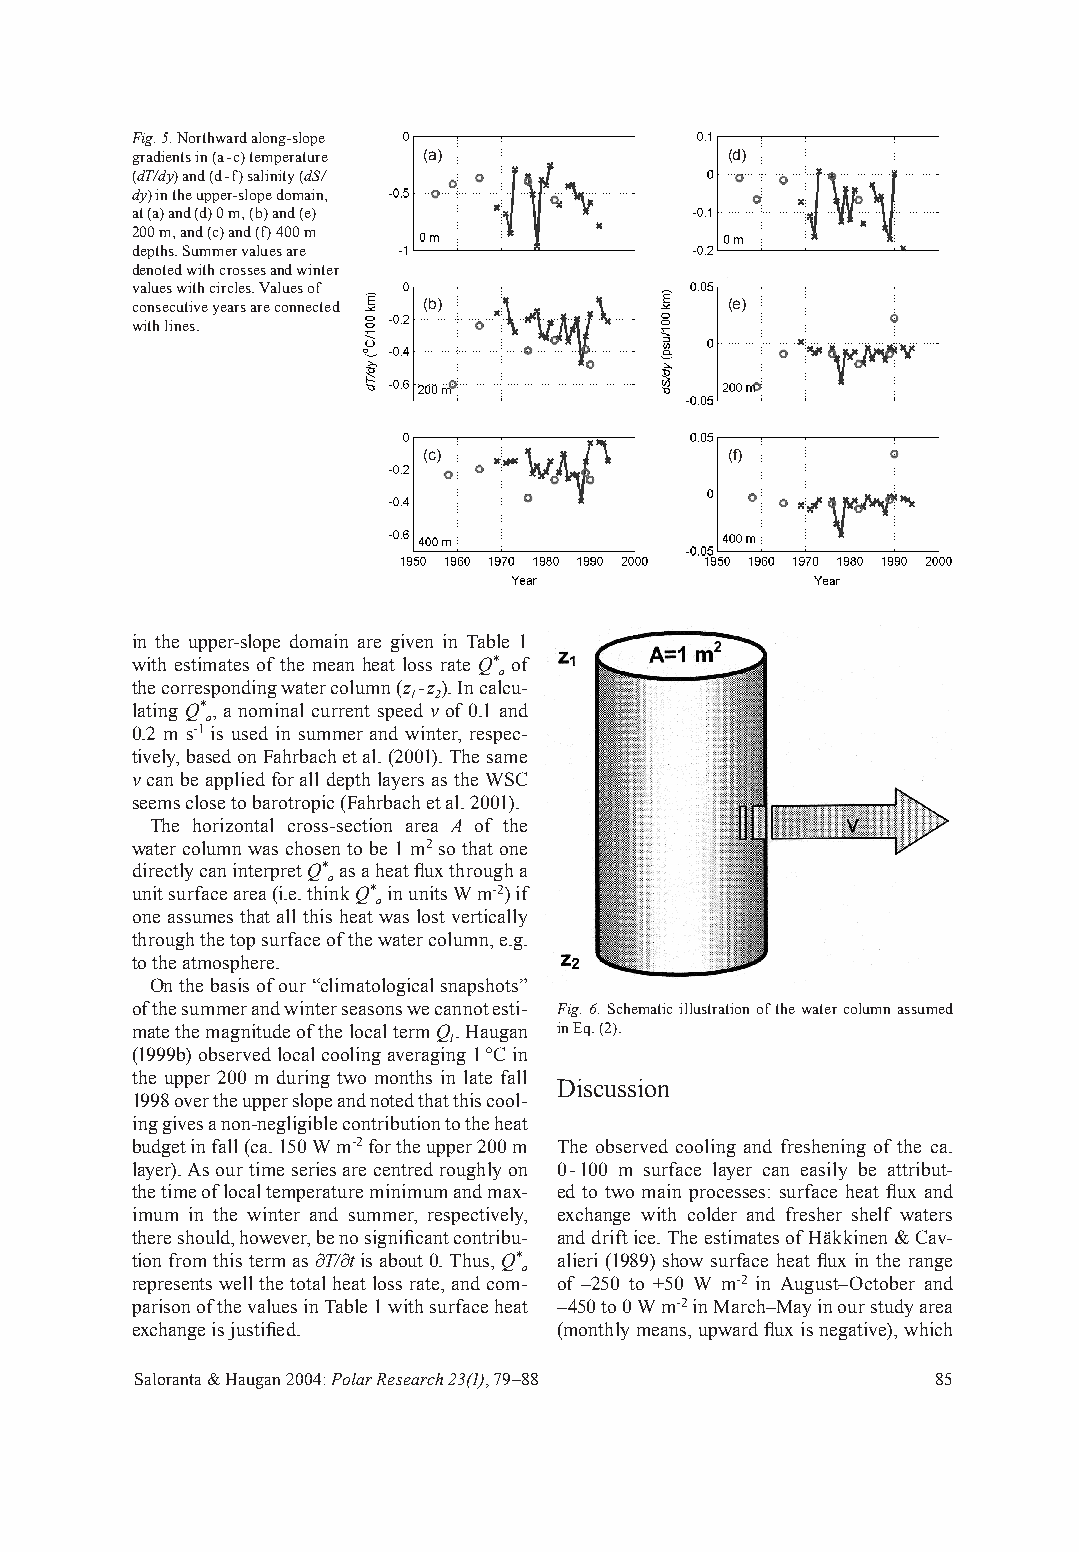
Fig. 5. Northward along-slope
 gradients in (a - c) temperature (a)   (d)
 (dT/dy) and (d - f) salinity (dS/
 dy) in the upper-slope domain,
 at (a) and (d) 0 m, (b) and (e)
 200 m, and (c) and (f) 400 m
 depths. Summer values are
 denoted with crosses and winter
 values with circles. Values of
 consecutive years are connected (b)    (e)
 with lines.
 (c)                 (f)
 in the upper-slope domain are given in Table 1
 with estimates of the mean heat loss rate Q* of
 a
 the corresponding water column (z - z). In calcu-
 1 2
 lating Q*, a nominal current speed v of 0.1 and
 a
 0.2 m s-1 is used in summer and winter, respec-
 tively, based on Fahrbach et al. (2001). The same
 v can be applied for all depth layers as the WSC
 seems close to barotropic (Fahrbach et al. 2001).
 The horizontal cross-section area A of the
 water column was chosen to be 1 m2 so that one
 directly can interpret Q* as a heat fl ux through a
 a
 unit surface area (i.e. think Q* in units W m-2) if
 a
 one assumes that all this heat was lost vertically
 through the top surface of the water column, e.g.
 to the atmosphere.
 On the basis of our “climatological snapshots”
 of the summer and winter seasons we cannot esti- Fig. 6. Schematic illustration of the water column assumed
 mate the magnitude of the local term Q. Haugan in Eq. (2).
 l
 (1999b) observed local cooling averaging 1 °C in
 the upper 200 m during two months in late fall
 Discussion
 1998 over the upper slope and noted that this cool-
 ing gives a non-negligible contribution to the heat
 budget in fall (ca. 150 W m-2 for the upper 200 m The observed cooling and freshening of the ca.
 layer). As our time series are centred roughly on 0 - 100 m surface layer can easily be attribut-
 the time of local temperature minimum and max- ed to two main processes: surface heat fl ux and
 imum in the winter and summer, respectively, exchange with colder and fresher shelf waters
 there should, however, be no signifi cant contribu- and drift ice. The estimates of Häkkinen & Cav-
 tion from this term as ∂T/∂t is about 0. Thus, Q* alieri (1989) show surface heat fl ux in the range
 a
 represents well the total heat loss rate, and com- of –250 to +50 W m-2 in August–October and
 parison of the values in Table 1 with surface heat –450 to 0 W m-2 in March–May in our study area
 exchange is justifi ed.     (monthly means, upward fl ux is negative), which
 Saloranta & Haugan 2004: Polar Research 23(1), 79–88 85